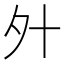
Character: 㚈